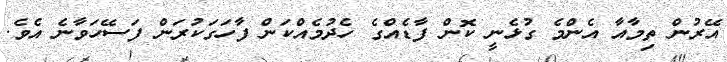
އޭރުން ތިމާއާ އެންމެ ގުޅެނީ ކޮން ފާޑެއްގެ ހެދުމެއްކަން ފާހަގަކުރަން ފަސޭހަވާނެ އެވެ.